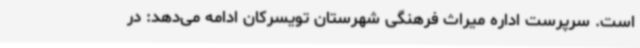
است. سرپرست اداره میراث فرهنگی شهرستان تویسرکان ادامه می‌دهد: در